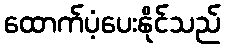
ထောက်ပံ့ပေးနိုင်သည်